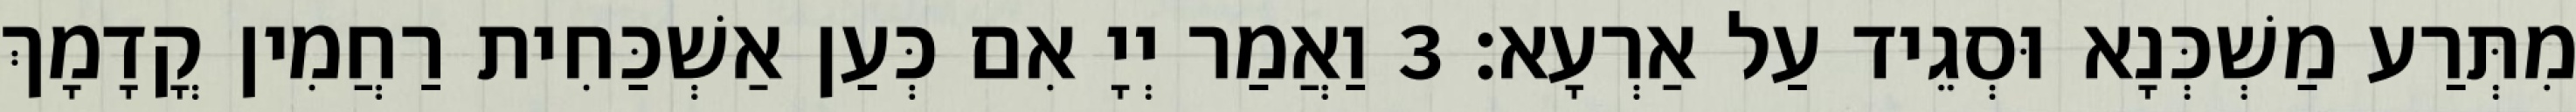
מִתְּרַע מַשְׁכְּנָא וּסְגֵיד עַל אַרְעָא׃ 3 וַאֲמַר יְיָ אִם כְּעַן אַשְׁכַּחִית רַחֲמִין קֳדָמָךְ